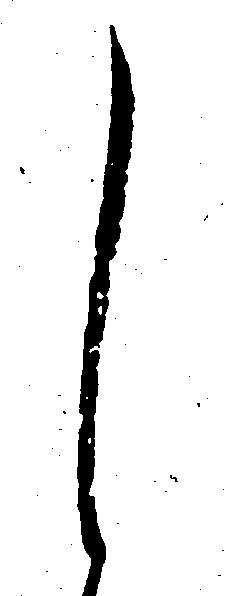
し